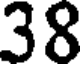
38